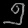
Digit: ၅